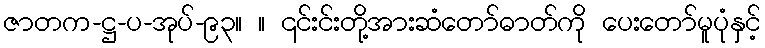
ဇာတက-ဋ္ဌ-ပ-အုပ်-၉၃။ ။ ၎င်းင်းတို့အားဆံတော်ဓာတ်ကို ပေးတော်မူပုံနှင့်